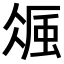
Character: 𧋚